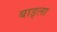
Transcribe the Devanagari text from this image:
बाड्ला